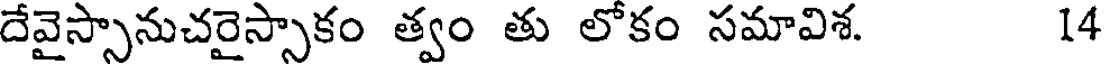
దేవైస్సానుచరైస్సాకం త్వం తు లోకం సమావిశ. 14